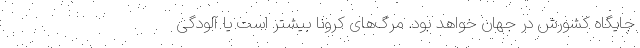
جایگاه کشورش در جهان خواهد بود. مرگ‌های کرونا بیشتر است یا آلودگی